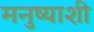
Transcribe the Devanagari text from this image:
मनुष्याशी